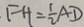
F H = \frac { 1 } { 2 } A D